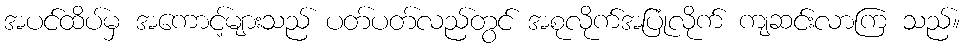
အပင်ထိပ်မှ အကောင့်များသည် ပတ်ပတ်လည်တွင် အစုလိုက်အပြုံလိုက် ကျဆင်းလာကြ သည်။